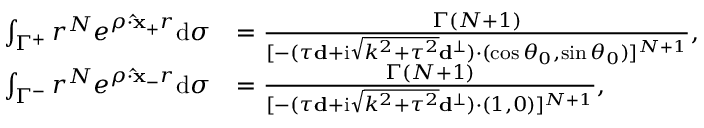
\begin{array} { r l } { \int _ { \Gamma ^ { + } } r ^ { N } e ^ { \rho \cdot \mathbf { \hat { x } _ { + } } r } \mathrm d \sigma } & { = { \frac { \Gamma ( N + 1 ) } { [ - ( \tau \mathbf d + \mathrm i \sqrt { { k ^ { 2 } } + { \tau ^ { 2 } } } { \mathbf d ^ { \bot } } ) \cdot ( \cos { \theta _ { 0 } } , \sin { \theta _ { 0 } } ) ] ^ { N + 1 } } } , } \\ { \int _ { \Gamma ^ { - } } r ^ { N } e ^ { \rho \cdot \mathbf { \hat { x } _ { - } } r } \mathrm d \sigma } & { = { \frac { \Gamma ( N + 1 ) } { [ { - ( \tau \mathbf d + \mathrm i \sqrt { { k ^ { 2 } } + { \tau ^ { 2 } } } { \mathbf d ^ { \bot } } ) \cdot ( 1 , 0 ) } ] ^ { N + 1 } } } , } \end{array}